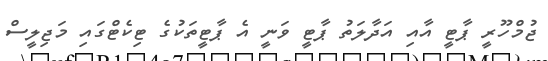
ޖުމްހޫރީ ޕާޓީ އާއި އަދާލަތު ޕާޓީ ވަނީ އެ ޕާޓީތަކުގެ ޓިކެޓްގައި މަޖިލީސް